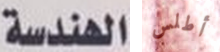
الهندسة أطلس